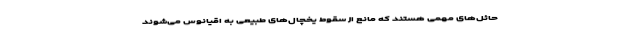
حائل‌های مهمی هستند که مانع از سقوط یخچال‌های طبیعی به اقیانوس می‌شوند